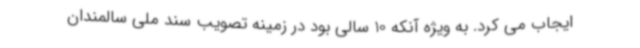
ایجاب می کرد. به ویژه آنکه 10 سالی بود در زمینه تصویب سند ملی سالمندان